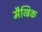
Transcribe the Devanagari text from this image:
मैखिक